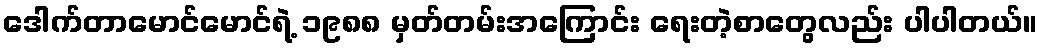
ဒေါက်တာမောင်မောင်ရဲ့ ၁၉၈၈ မှတ်တမ်းအကြောင်း ရေးတဲ့စာတွေလည်း ပါပါတယ်။